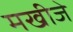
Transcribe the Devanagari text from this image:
मखीजे